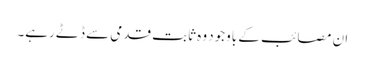
ان مصائب کے باوجود وہ ثابت قدمی سے ڈٹے رہے۔